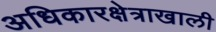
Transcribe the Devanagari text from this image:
अधिकारक्षेत्राखाली